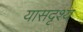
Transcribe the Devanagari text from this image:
यासदृश्य